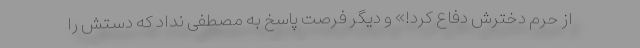
از حرم دخترش دفاع کرد!» و دیگر فرصت پاسخ به مصطفی نداد که دستش را